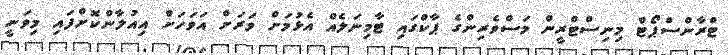
ޓްރާންސްޕޯޓް މިނިސްޓްރީން މަސްވެރިންގެ ޕާކްގައި ޓާމިނަލެއް އެޅުމަށް ވަރަށް އަވަހަށް އިއުލާންކޮށްފައި މިވަނީ